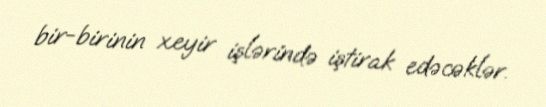
bir-birinin xeyir işlərində iştirak edəcəklər.